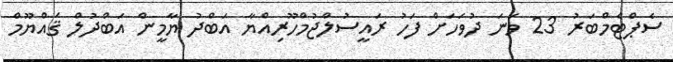
ސެޕްޓެމްބަރު 23 ވަނަ ދުވަހަށް ފަހު ރައީސުލްޖުމްހޫރިއްޔާ އަބްދު ޔާމީން އަބްދުލް ޤައްޔޫމް